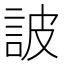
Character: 詖